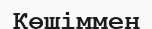
Көшіммен